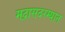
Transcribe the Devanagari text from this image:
मद्रासदरम्यान